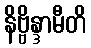
နိဗ္ဗိန္ဒာမီတိ